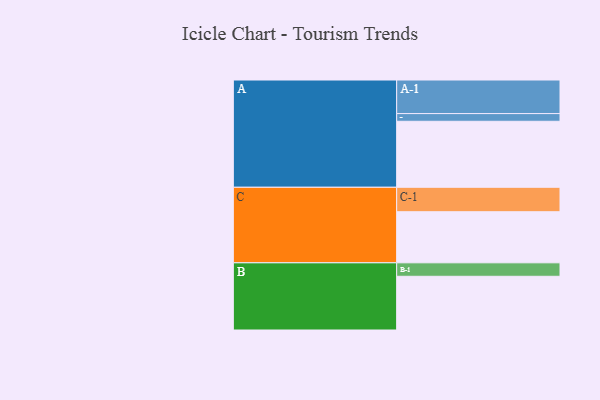
{"axis": {"x": "Segment", "y": "Value"}, "legend": ["", "A", "B", "C"], "data": [{"x": "A", "y": 505, "type": ""}, {"x": "B", "y": 411, "type": ""}, {"x": "C", "y": 391, "type": ""}, {"x": "A-1", "y": 257, "type": "A"}, {"x": "A-2", "y": 59, "type": "A"}, {"x": "B-1", "y": 103, "type": "B"}, {"x": "C-1", "y": 187, "type": "C"}]}